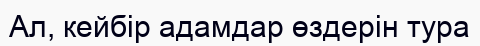
Ал, кейбір адамдар өздерін тура